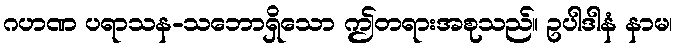
ဂဟဏ ပရာသန-သဘောရှိသော ဤတရားအစုသည်။ ဥပါဒါနံ နာမ၊